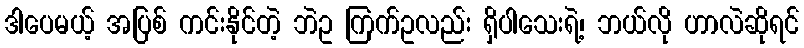
ဒါပေမယ့် အပြစ် ကင်းနိုင်တဲ့ ဘဲဥ ကြက်ဥလည်း ရှိပါသေးရဲ့၊ ဘယ်လို ဟာလဲဆိုရင်